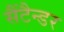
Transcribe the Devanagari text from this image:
सैंटैन्डर